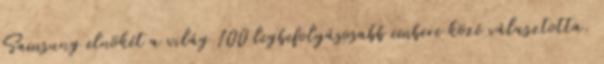
Samsung elnökét a világ 100 legbefolyásosabb embere közé választotta.